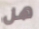
هل